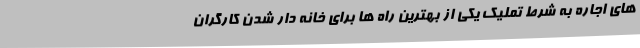
های اجاره به شرط تملیک یکی از بهترین راه ها برای خانه دار شدن کارگران